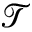
\mathcal { T }